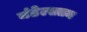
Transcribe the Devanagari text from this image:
मंडेल्सतम